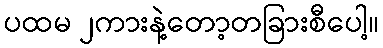
ပထမ ၂ကားနဲ့တော့တခြားစီပေါ့။